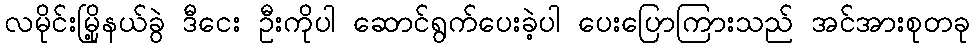
လမိုင်းမြို့နယ်ခွဲ ဒီငေး ဦးကိုပါ ဆောင်ရွက်ပေးခဲ့ပါ ပေးပြောကြားသည် အင်အားစုတခု